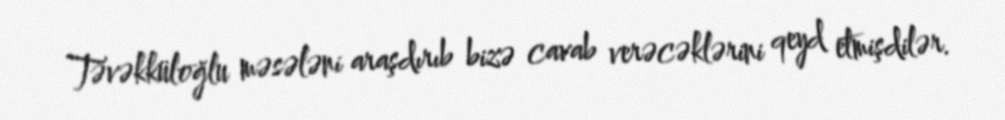
Təvəkküloğlu məsələni araşdırıb bizə cavab verəcəklərini qeyd etmişdilər.